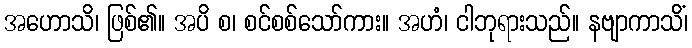
အဟောသိ၊ ဖြစ်၏။ အပိ စ၊ စင်စစ်သော်ကား။ အဟံ၊ ငါဘုရားသည်။ နဗျာကာသိံ၊